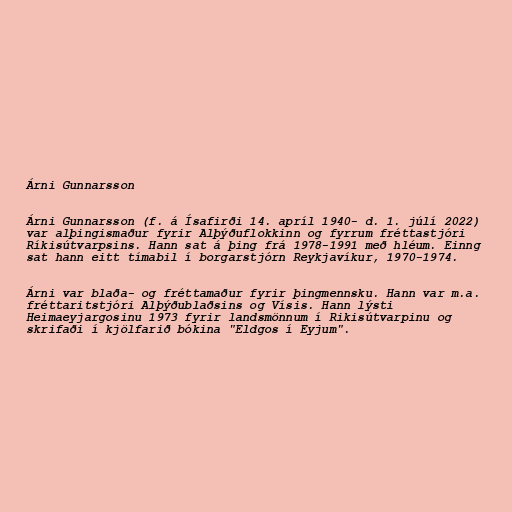
Árni Gunnarsson

Árni Gunnarsson (f. á Ísafirði 14. apríl 1940- d. 1. júlí 2022)
var alþingismaður fyrir Alþýðuflokkinn og fyrrum fréttastjóri
Ríkisútvarpsins. Hann sat á þing frá 1978-1991 með hléum. Einng
sat hann eitt tímabil í borgarstjórn Reykjavíkur, 1970-1974.

Árni var blaða- og fréttamaður fyrir þingmennsku. Hann var m.a.
fréttaritstjóri Alþýðublaðsins og Vísis. Hann lýsti
Heimaeyjargosinu 1973 fyrir landsmönnum í Rikisútvarpinu og
skrifaði í kjölfarið bókina "Eldgos í Eyjum".